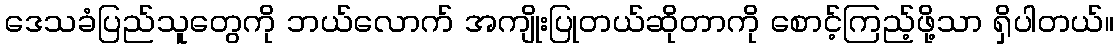
ဒေသခံပြည်သူတွေကို ဘယ်လောက် အကျိုးပြုတယ်ဆိုတာကို စောင့်ကြည့်ဖို့သာ ရှိပါတယ်။